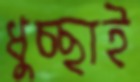
ধুচ্ছাই